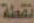
نقطة